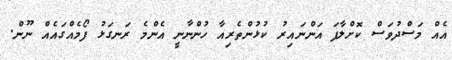
އެއް މަސްދުވަސް ކޮށްލާފަ އަންނައިރު ކުޅުންތެރިއާ ހުންނާނީ އެންމެ ރަނގަޅު ފޯމެއްގައެއް ނޫން.